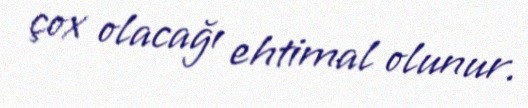
çox olacağı ehtimal olunur.